Tartu_pedagoogiumi_aruanded, lk 9
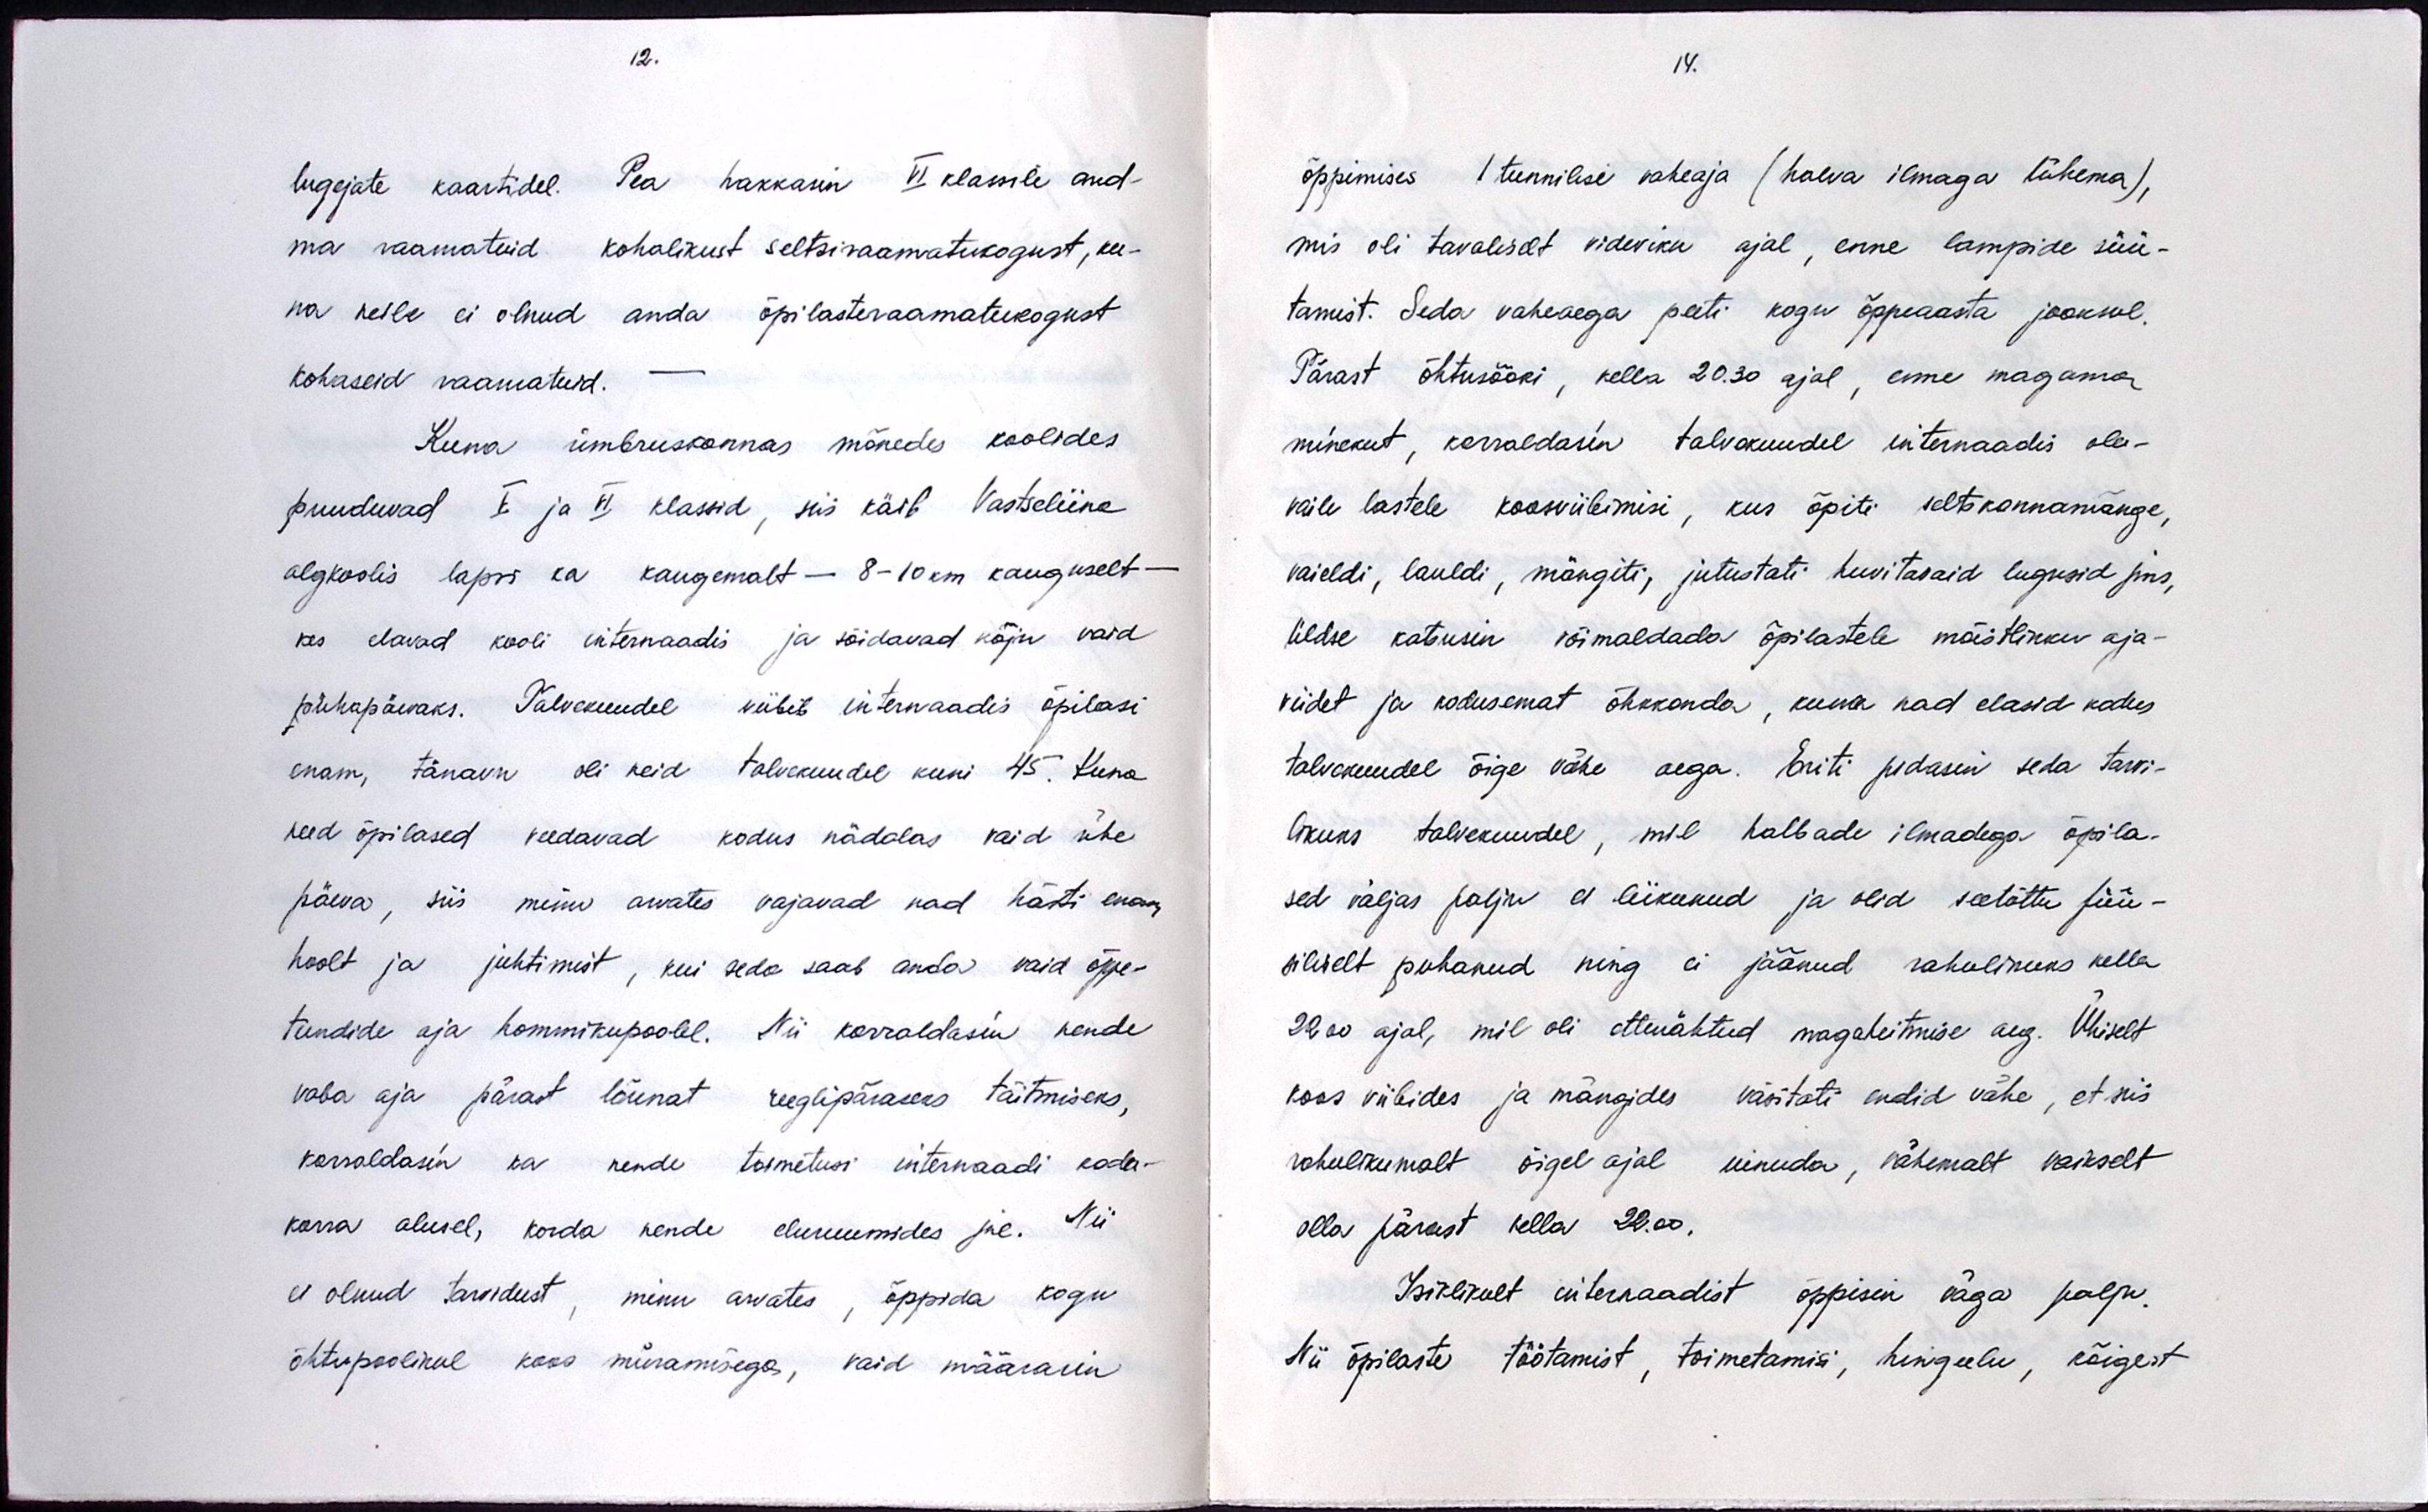
12.

lugejate kaartidel. Pea hakkasin VI klassile and-
ma raamatuid kohalikust seltsiraamatukogust, ku-
na neile ei olnud anda õpilateraamatukogust
kohaseid raamatuid.
Kuna ümbruskonnas mõnedes koolides
puuduvad V ja VI klassid, siis käib Vastseliina
algkoolis lapsi ka kaugemalt - 8-10 km kauguselt -
kas elavad kooli internaadis ja sõidavad kõju vaid
pühapäevaks. Talvekuudel viibib internaadis õpilasi
enam, tänavu oli neid talvekuudel kuni 45. Kuna
need õpilased veedavad kodus nädalas vaid ühe
päeva, siis minu arvates vajavad nad hästi enam
hoolt ja juhtimist, kui seda saab anda vaid õppe-
tundide aja hommikupoolel. Nii korraldasin nende
vaba aja pärast lõunat reeglipäraseks täitmiseks,
korraldasin ka nende toimetusi internaadi kodu-
korra alusel, korda nende eluruumides jne. Nii
ei olnud tarvidust, minu arvates, õppida kogu
õhtupoolikul koos müramisega, vaid määrasin

14.
õppimises 1 tunnilise vaheaja (halva ilmaga lühema),
mis oli tavaliselt videviku ajal, enne lampide süü-
tamist. Seda vaheaega peeti kogu õppeaasta jooksul,
Pärast õhtusööki, kella 20.30 ajal, enne magama
minekut, korraldasin talvekuudel internaadis ole-
vaile lastele koosviibimisi, kus õpiti seltskonnamänge,
vaieldi, lauldi, mängiti, jutustati huvitavaid lugusid jms,
üldse katsusin võimaldada õpilastele mõistlikku aja-
viidet ja kodusemat õhkkonda, kuna nad elasid kodus-
talvakuudel õige vähe aega. Eriti pidasin seda tarvi-
likuks talvekuudel, mil halbade ilmadega õpila-
sed väljas palju ei liikunud ja olid seetõttu füü-
silselt puhanud ning ei jäänud rahulikuks kella
22.00 ajal, mil oli ettenähtud magaheitmise aeg. Ühiselt
koos viibides ja mängides väsitati endid vähe, et siis
rahulikumalt õigel ajal uinuda, vähemalt vaikselt
olla pärast kella 22.00.
Isiklikult internaadist õppisin väga palju.
Nii õpilaste töötamist, toimetamisi, hingeelu, kõigest